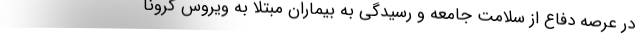
در عرصه دفاع از سلامت جامعه و رسیدگی به بیماران مبتلا به ویروس کرونا